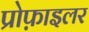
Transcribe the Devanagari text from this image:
प्रोफ़ाइलर